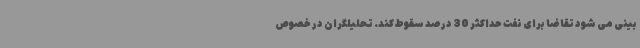
بینی می شود تقاضا برای نفت حداکثر 30 درصد سقوط کند. تحلیلگران در خصوص